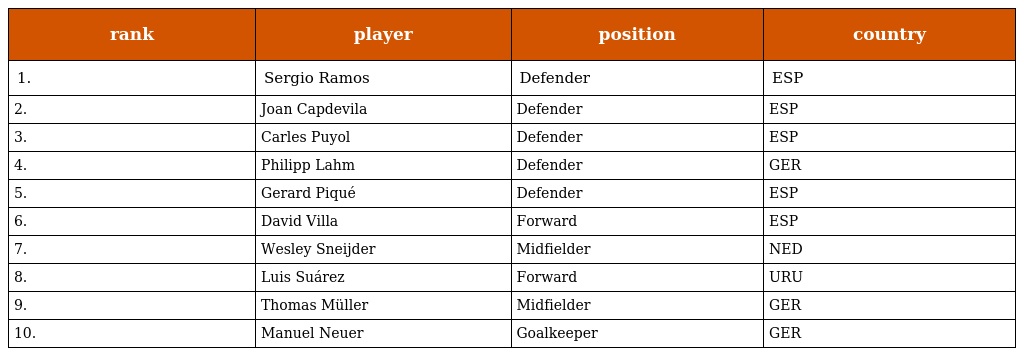
| rank | player | position | country |
 | --- | --- | --- | --- |
 | 1. | Sergio Ramos | Defender | ESP |
 | 2. | Joan Capdevila | Defender | ESP |
 | 3. | Carles Puyol | Defender | ESP |
 | 4. | Philipp Lahm | Defender | GER |
 | 5. | Gerard Piqué | Defender | ESP |
 | 6. | David Villa | Forward | ESP |
 | 7. | Wesley Sneijder | Midfielder | NED |
 | 8. | Luis Suárez | Forward | URU |
 | 9. | Thomas Müller | Midfielder | GER |
 | 10. | Manuel Neuer | Goalkeeper | GER |